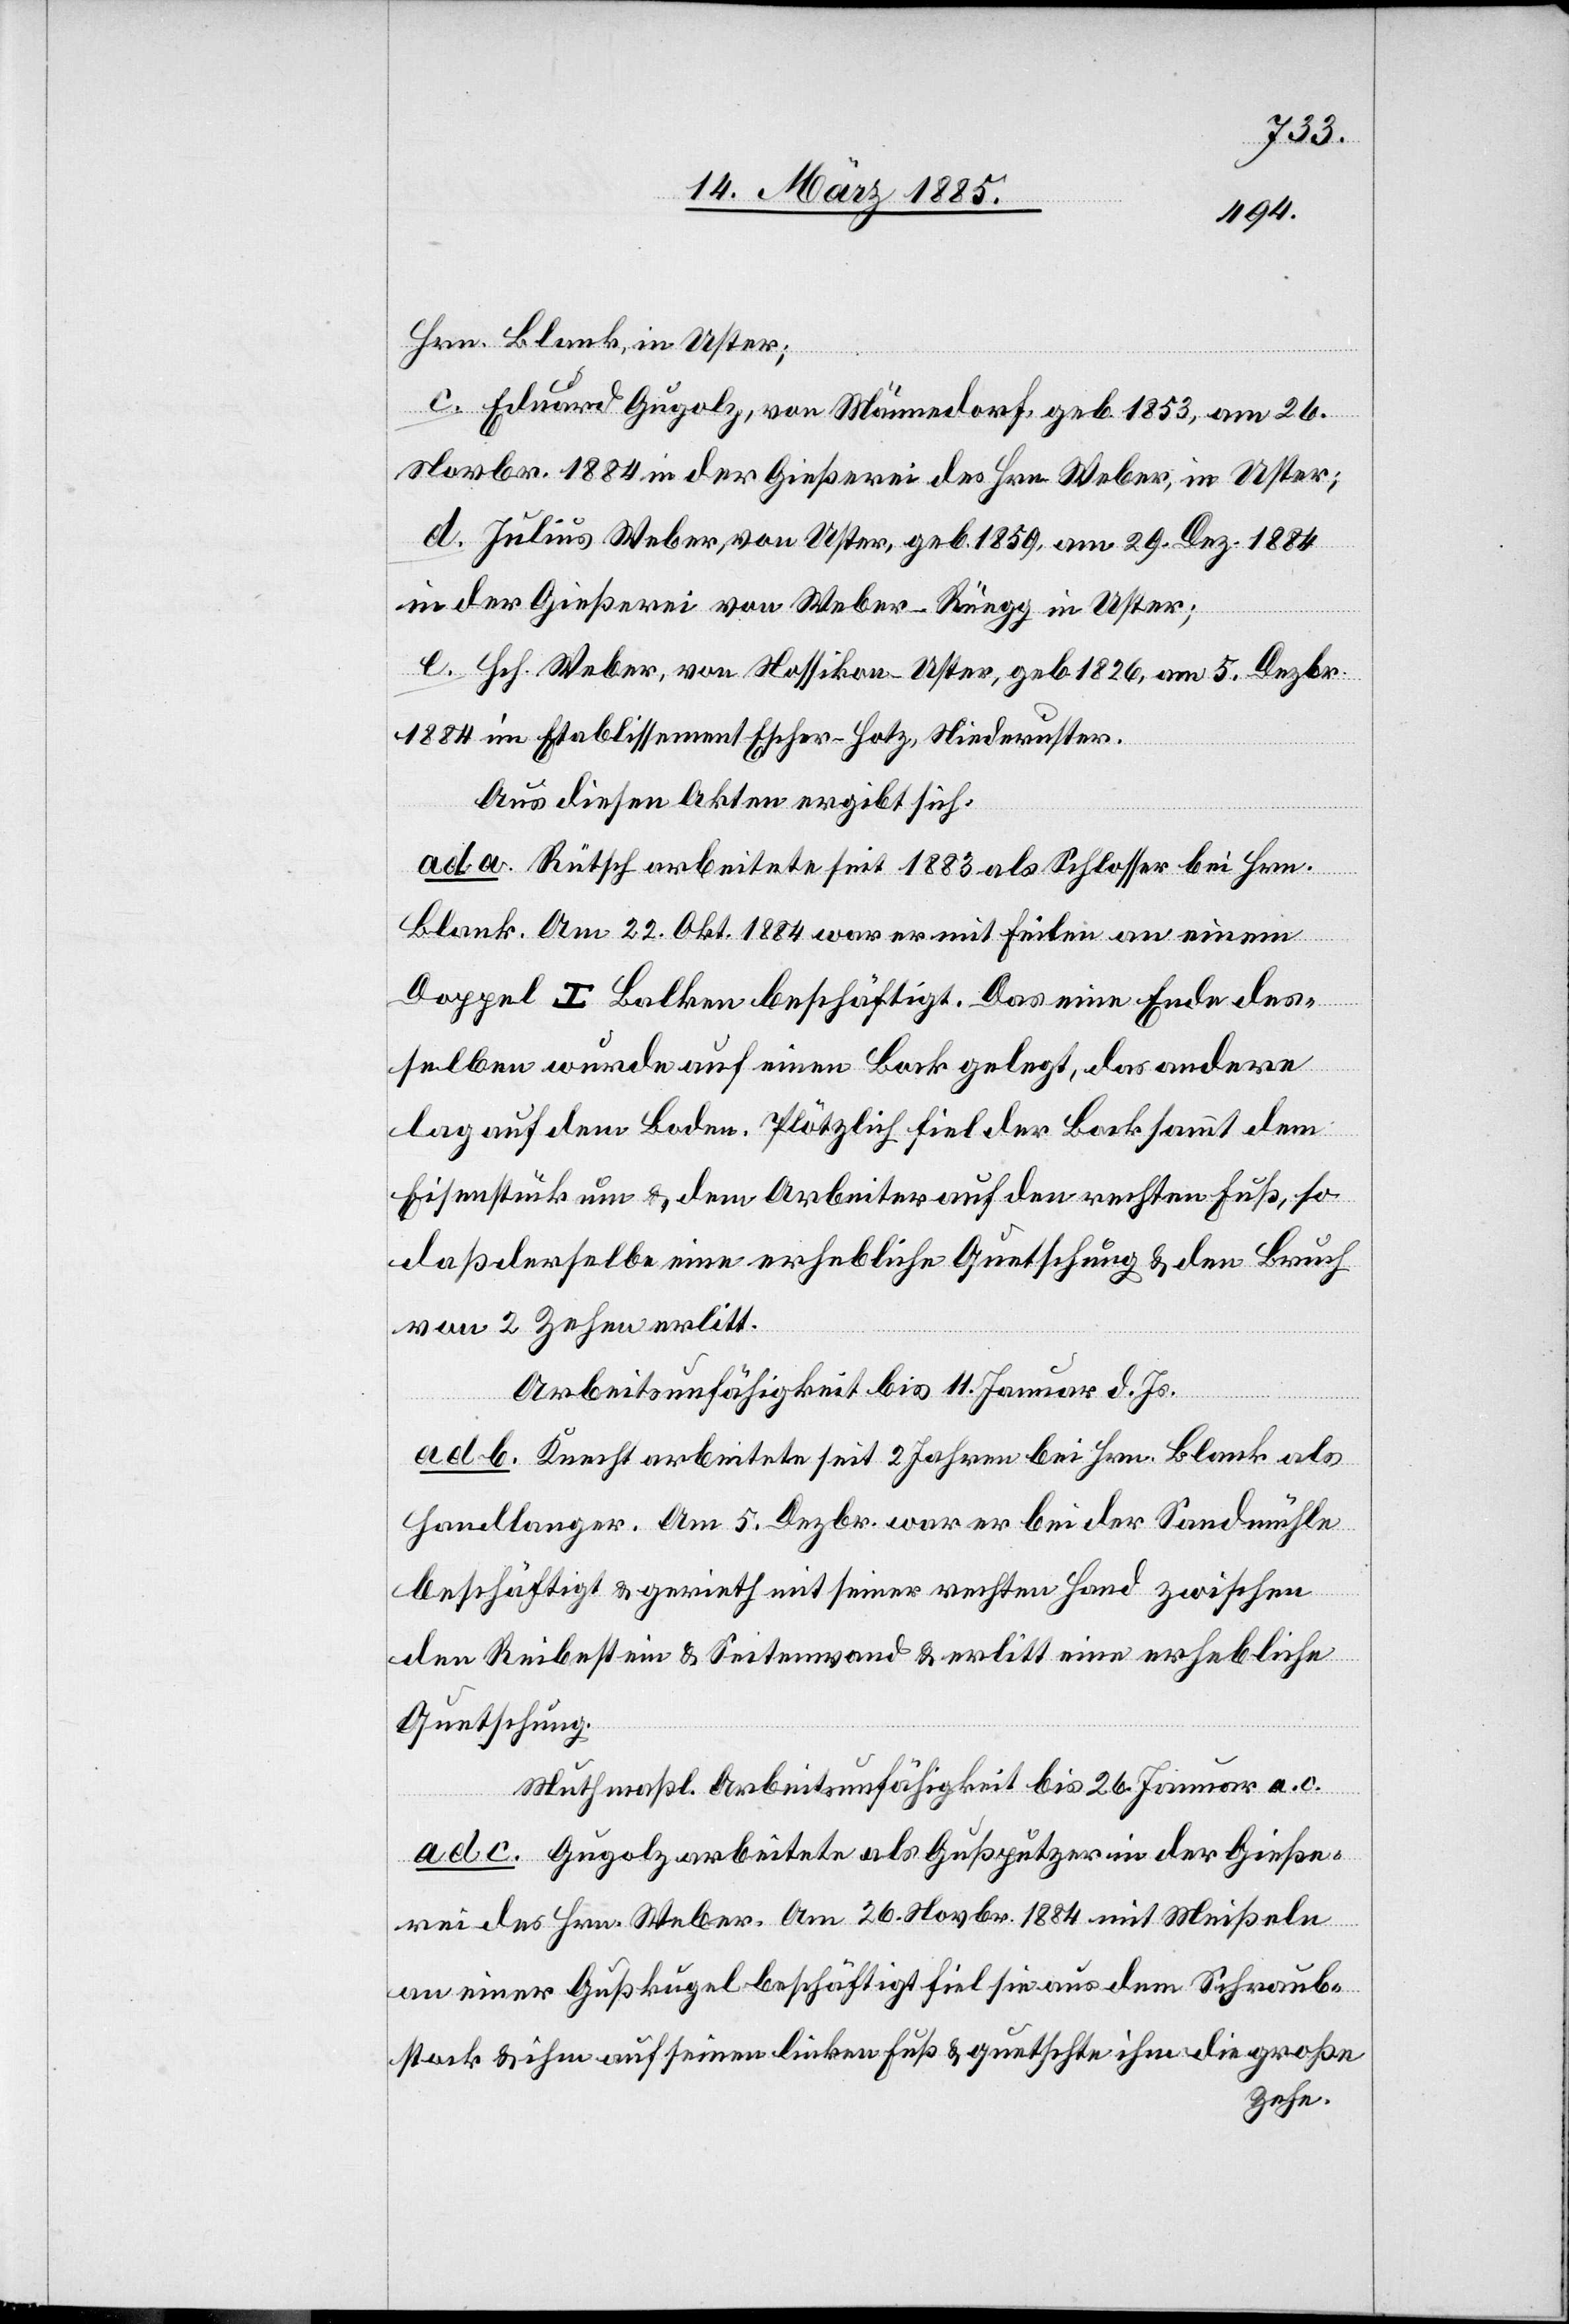
Hrn. Blank, in Uster;
c. Eduard Gugolz, von Männedorf, geb. 1853, am 26.
Novbr. 1884 in der Gießerei des Hrn. Weber, in Uster;
d. Julius Weber, von Uster, geb. 1859, am 29. Dez. 1884
in der Gießerei von Weber-Rüegg in Uster;
e. Hch. Weber, von Nossikon - Uster, geb. 1826, am 5. Dezbr.
1884 im Etablissement Escher-Hotz, Niederuster.
Aus diesen Akten ergibt sich:
ad a. Rütsch arbeitete seit 1883 als Schlosser bei Hrn.
Blank. Am 22. Okt. 1884 war er mit Feilen an einem
Doppel T Balken beschäftigt. Das eine Ende des¬
selben wurde auf einen Bock gelegt, das andere
lag auf dem Boden. Plötzlich fiel der Bock sammt dem
Eisenstück um & dem Arbeiter auf den rechten Fuß, so
daß derselbe eine erhebliche Quetschung & den Bruch
von 2 Zehen erlitt.
Arbeitsunfähigkeit bis 11. Januar d. Js.
ad b. Knecht arbeitete seit 2 Jahren bei Hrn. Blank als
Handlanger. Am 5. Dezbr. war er bei der Sandmühle
beschäftigt & gerieth mit seiner rechten Hand zwischen
den Reibestein & Seitenwand & erlitt eine erhebliche
Quetschung.
Muthmaßl. Arbeitsunfähigkeit bis 26. Januar a. c.
ad c. Gugolz arbeitete als Gußputzer in der Gieße¬
rei des Hrn. Weber. Am 26. Novbr. 1884 mit Meißeln
an einer Gußkugel beschäftigt fiel sie aus dem Schraub¬
stock & ihm auf seinen linken Fuß & quetschte ihm die große
Zehe.